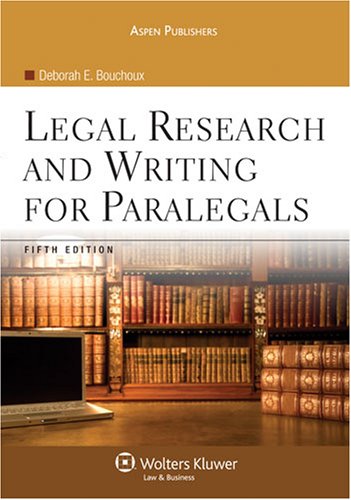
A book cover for Legal Research & Writing for Paralegals; Deborah E. Bouchoux; Law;